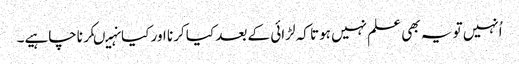
اُنہیں تو یہ بھی علم نہیں ہوتا کہ لڑائی کے بعد کیا کرنا اور کیانہیںکرناچاہیے۔